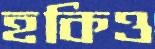
হকিও